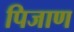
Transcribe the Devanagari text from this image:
पिजाण